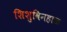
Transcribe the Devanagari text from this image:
शिशुविनहाळ